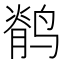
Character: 鹡